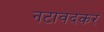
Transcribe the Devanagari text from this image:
नटावदकर